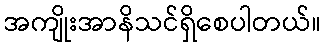
အကျိုးအာနိသင်ရှိစေပါတယ်။